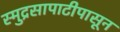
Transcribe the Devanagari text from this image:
स्मुद्रसापाटीपासून